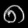
Digit: ၈